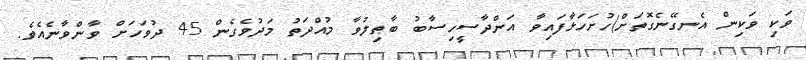
ވަކި ވަކިން އެނގޭނެގޮތަށް)ހުށަހަޅާފައިވާ އަންދާސީހިސާބު ބާޠިލުވާ މުއްދަތު މަދުވެގެން 45 ދުވަހަށް ވާންވާނެއެވެ.